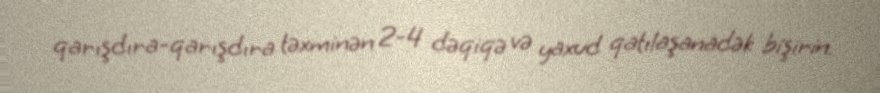
qarışdıra-qarışdıra təxminən 2-4 dəqiqə və yaxud qatılaşanadək bişirin.